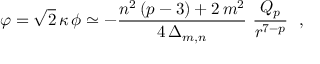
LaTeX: \varphi = \sqrt { 2 } \, \kappa \, \phi \simeq - \frac { n ^ { 2 } \, ( p - 3 ) + 2 \, m ^ { 2 } } { 4 \, \Delta _ { m , n } } ~ \frac { Q _ { p } } { r ^ { 7 - p } } ~ ~ ,